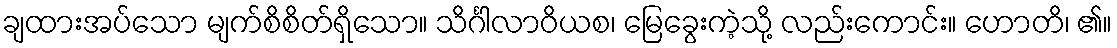
ချထားအပ်သော မျက်စိစိတ်ရှိသော။ သိင်္ဂါလာဝိယစ၊ မြေခွေးကဲ့သို့ လည်းကောင်း။ ဟောတိ၊ ၏။